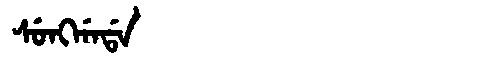
Manchu: ᠰᡠᠩᡤᠠᡩᠠ
Romanization: SUNGGADA